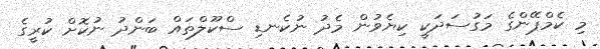
މި ކެމްޕޭންގެ މަގުސަދަކީ ކިޔެވުން މެދު ނުކެނޑި ސްކޫލްތައް ބަންދު ނުކޮށް ކުރީގެ